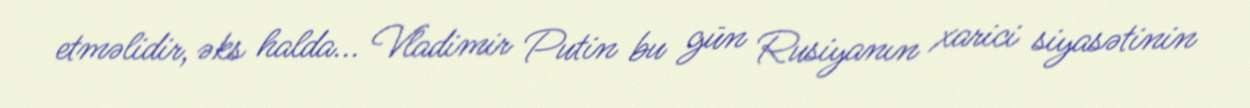
etməlidir, əks halda... Vladimir Putin bu gün Rusiyanın xarici siyasətinin